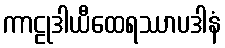
ကာဠုဒါယီထေရဿာပဒါနံ